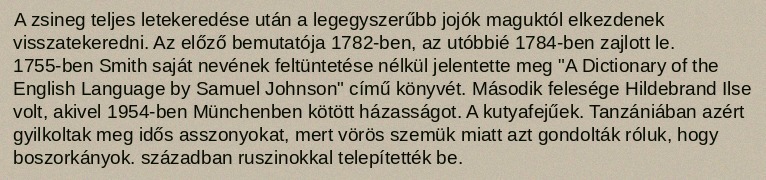
A zsineg teljes letekeredése után a legegyszerűbb jojók maguktól elkezdenek visszatekeredni. Az előző bemutatója 1782-ben, az utóbbié 1784-ben zajlott le. 1755-ben Smith saját nevének feltüntetése nélkül jelentette meg "A Dictionary of the English Language by Samuel Johnson" című könyvét. Második felesége Hildebrand Ilse volt, akivel 1954-ben Münchenben kötött házasságot. A kutyafejűek. Tanzániában azért gyilkoltak meg idős asszonyokat, mert vörös szemük miatt azt gondolták róluk, hogy boszorkányok. században ruszinokkal telepítették be.